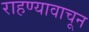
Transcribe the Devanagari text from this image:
राहण्यावाचून